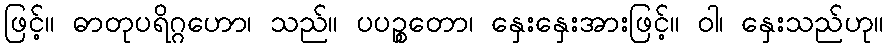
ဖြင့်။ ဓာတုပရိဂ္ဂဟော၊ သည်။ ပပဉ္စတော၊ နှေးနှေးအားဖြင့်။ ဝါ၊ နှေးသည်ဟု။